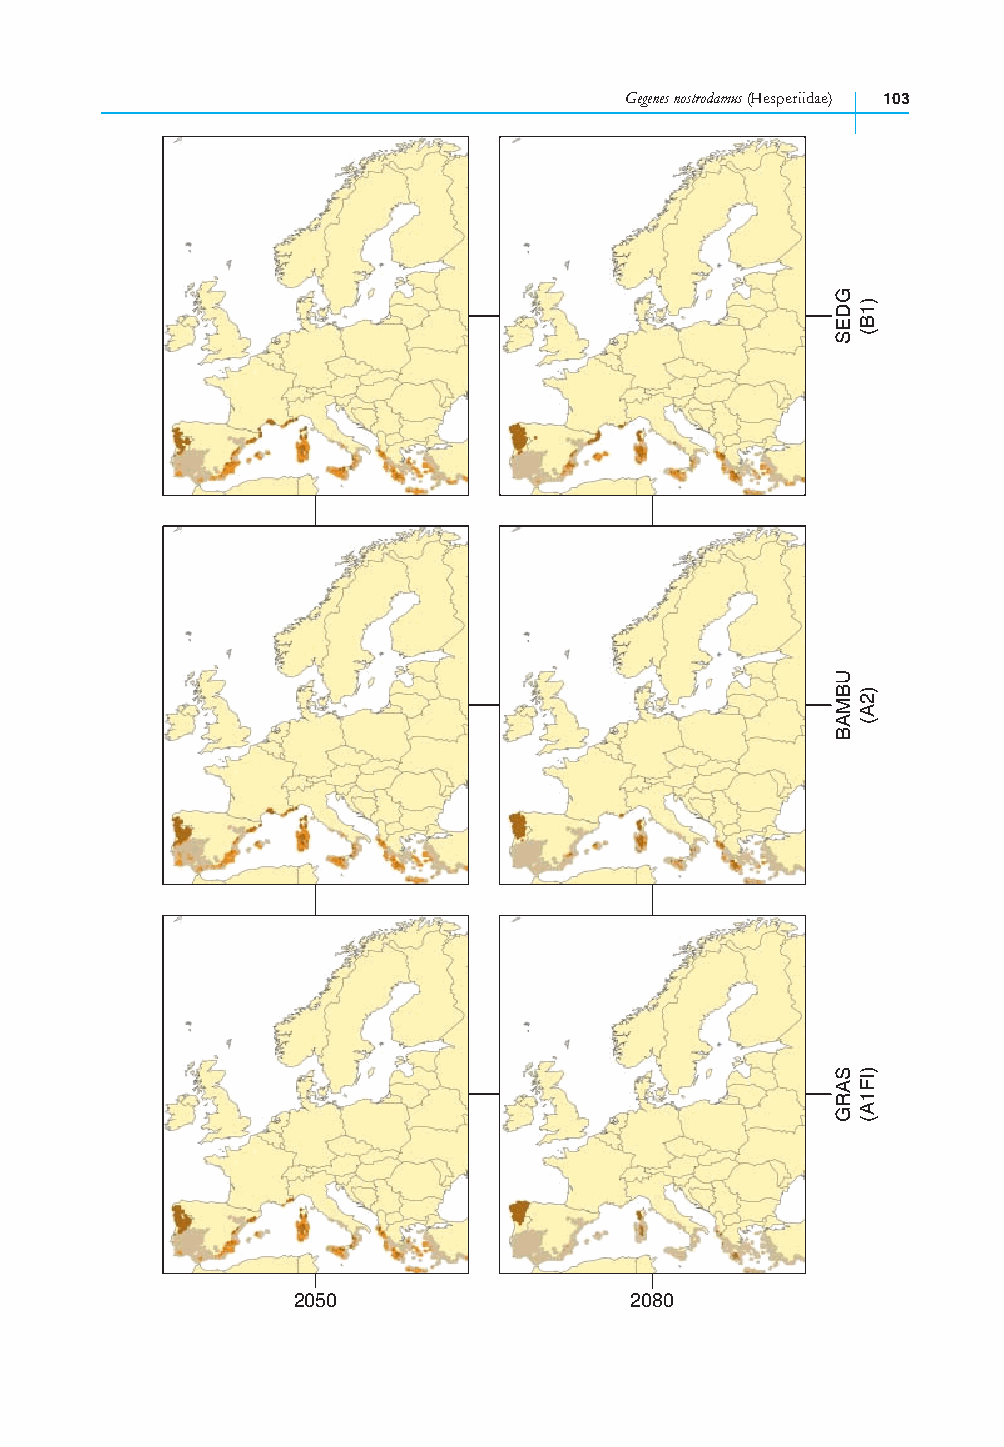
Gegenes nostrodamus (Hesperiidae) 103
 2050                   2080
 GDES
 UBMAB
 SARG
 )1B(
 )2A(
 )IF1A(